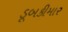
ડૂબકીમાર